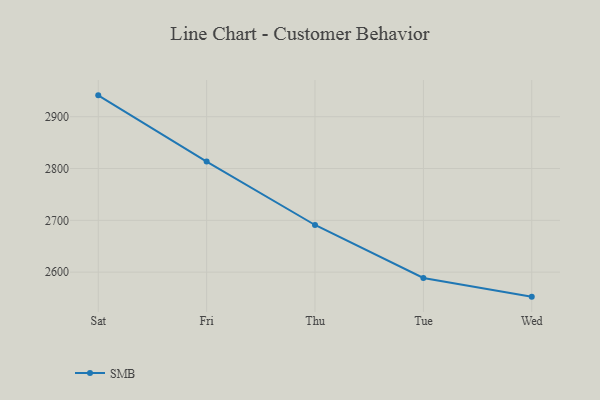
{"axis": {"x": "Day", "y": "Temperature (°C)"}, "legend": ["SMB"], "data": [{"x": "Sat", "y": 2941.2, "type": "SMB"}, {"x": "Fri", "y": 2813.4, "type": "SMB"}, {"x": "Thu", "y": 2691.0, "type": "SMB"}, {"x": "Tue", "y": 2588.7, "type": "SMB"}, {"x": "Wed", "y": 2552.7, "type": "SMB"}]}